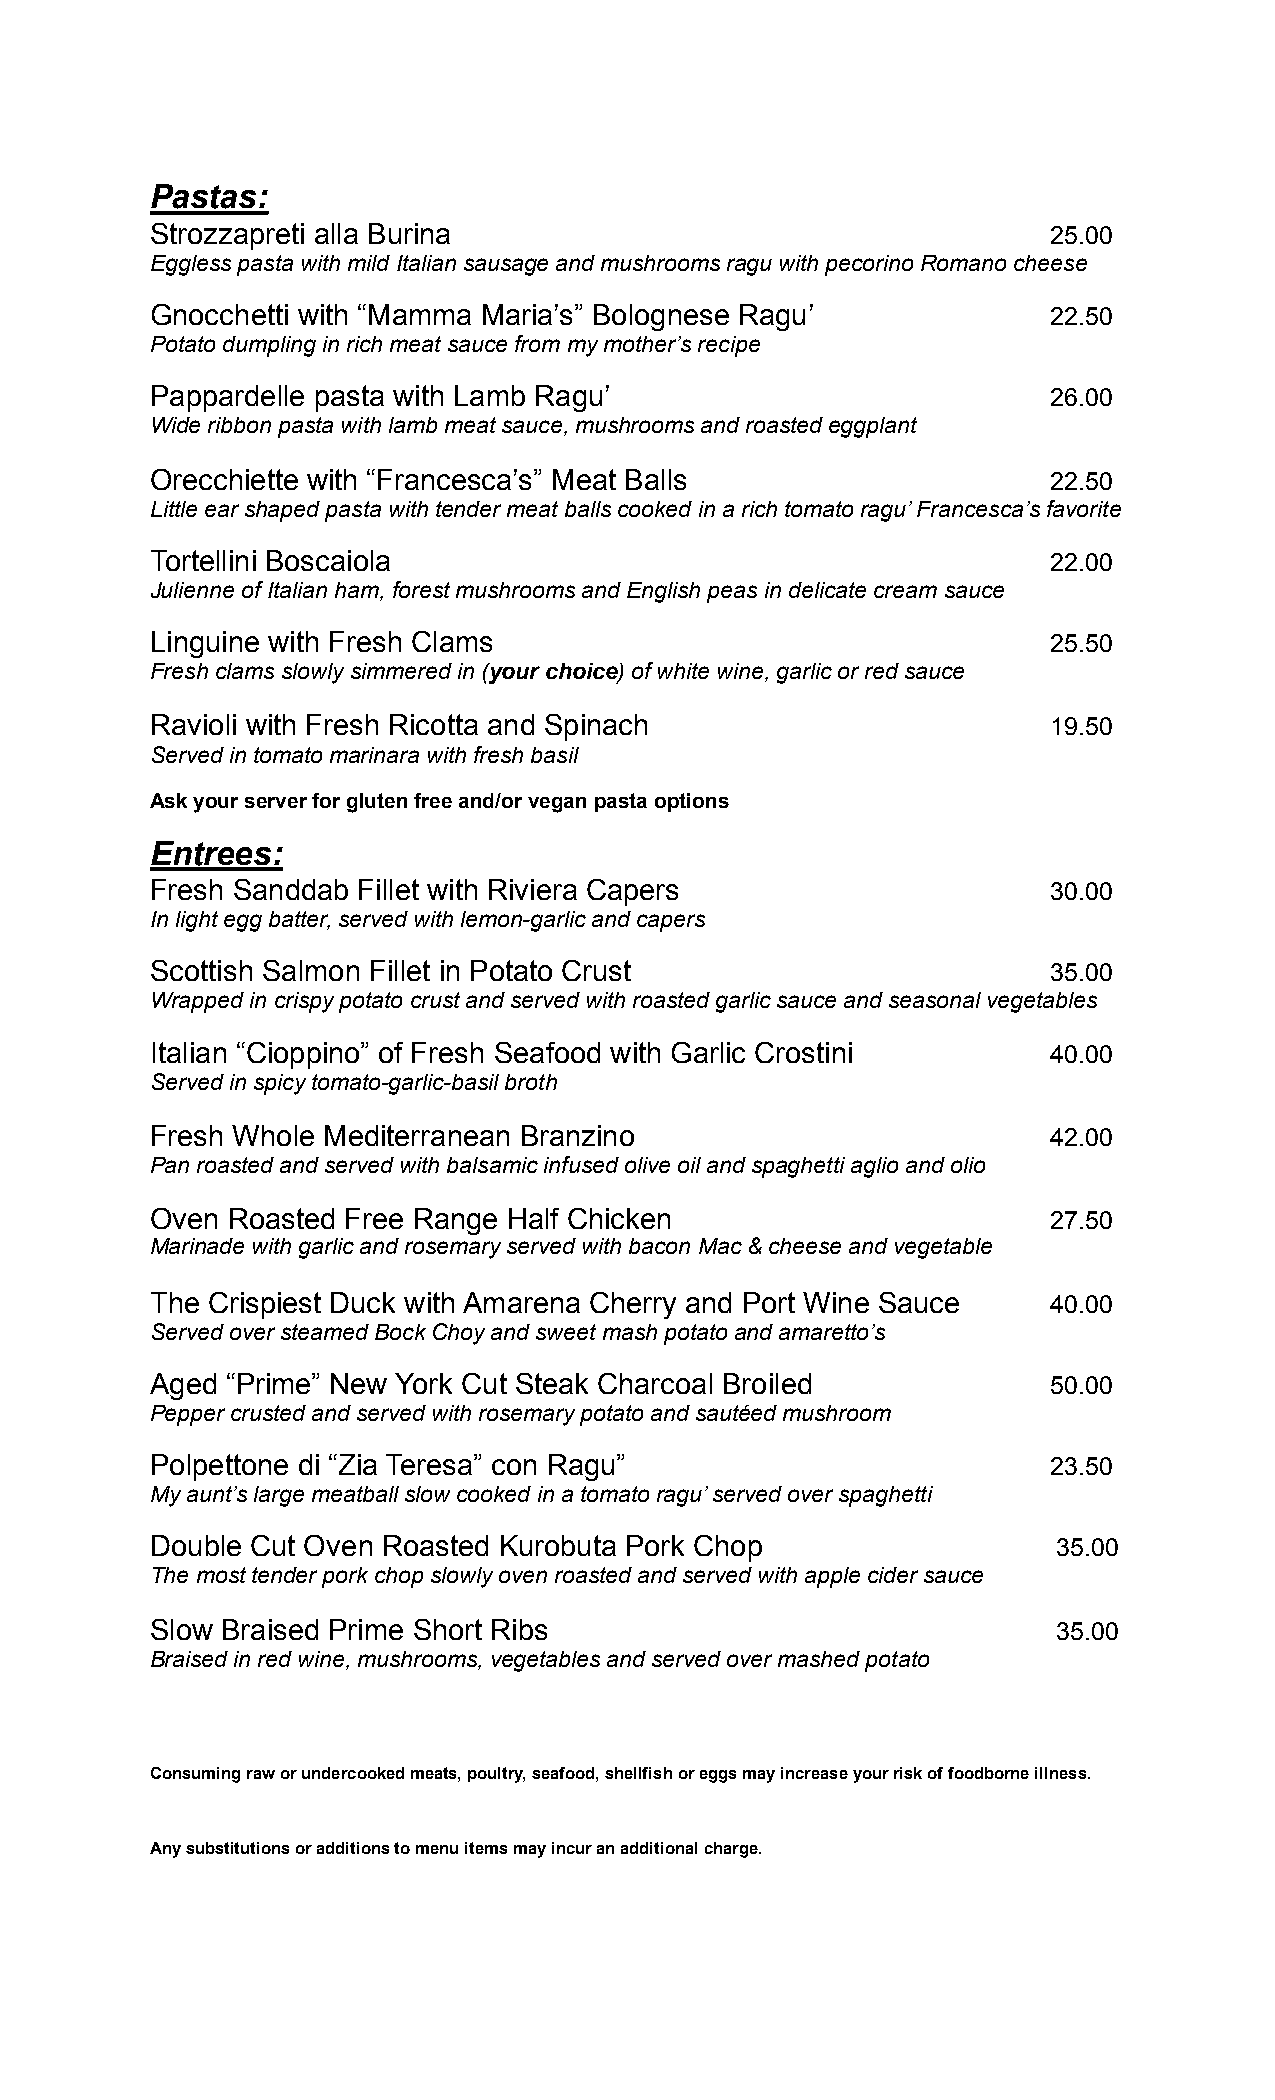
Pastas:
 Strozzapreti alla Burina                                    25.00
 Eggless pasta with mild Italian sausage and mushrooms ragu with pecorino Romano cheese
 Gnocchetti with “Mamma Maria’s” Bolognese Ragu’             22.50
 Potato dumpling in rich meat sauce from my mother’s recipe
 Pappardelle pasta with Lamb Ragu’                           26.00
 Wide ribbon pasta with lamb meat sauce, mushrooms and roasted eggplant
 Orecchiette with “Francesca’s” Meat Balls                   22.50
 Little ear shaped pasta with tender meat balls cooked in a rich tomato ragu’ Francesca’s favorite
 Tortellini Boscaiola                                        22.00
 Julienne of Italian ham, forest mushrooms and English peas in delicate cream sauce
 Linguine with Fresh Clams                                   25.50
 Fresh clams slowly simmered in (your choice) of white wine, garlic or red sauce
 Ravioli with Fresh Ricotta and Spinach                      19.50
 Served in tomato marinara with fresh basil
 Ask your server for gluten free and/or vegan pasta options
 Entrees:
 Fresh Sanddab Fillet with Riviera Capers                    30.00
 In light egg batter, served with lemon-garlic and capers
 Scottish Salmon Fillet in Potato Crust                      35.00
 Wrapped in crispy potato crust and served with roasted garlic sauce and seasonal vegetables
 Italian “Cioppino” of Fresh Seafood with Garlic Crostini    40.00
 Served in spicy tomato-garlic-basil broth
 Fresh Whole Mediterranean Branzino                          42.00
 Pan roasted and served with balsamic infused olive oil and spaghetti aglio and olio
 Oven Roasted Free Range Half Chicken                        27.50
 Marinade with garlic and rosemary served with bacon Mac & cheese and vegetable
 The Crispiest Duck with Amarena Cherry and Port Wine Sauce  40.00
 Served over steamed Bock Choy and sweet mash potato and amaretto’s
 Aged “Prime” New York Cut Steak Charcoal Broiled            50.00
 Pepper crusted and served with rosemary potato and sautéed mushroom
 Polpettone di “Zia Teresa” con Ragu”                        23.50
 My aunt’s large meatball slow cooked in a tomato ragu’ served over spaghetti
 Double Cut Oven Roasted Kurobuta Pork Chop                  35.00
 The most tender pork chop slowly oven roasted and served with apple cider sauce
 Slow Braised Prime Short Ribs                               35.00
 Braised in red wine, mushrooms, vegetables and served over mashed potato
 Consuming raw or undercooked meats, poultry, seafood, shellfish or eggs may increase your risk of foodborne illness.
 Any substitutions or additions to menu items may incur an additional charge.